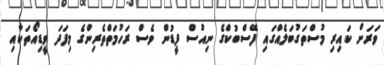
ވަރަށް ކައިރި މުސްތަގުބަލެއްގައި ފޭސްބުކްގެ ނިއުސް ފީޑުން ވެސް ރަހުމަތްތެރިންގެ މިފަދަ ވީޑިއޯތަކާއި